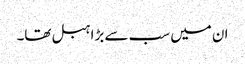
ان میں سب سے بڑا ہبل تھا۔